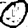
Digit: 0